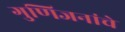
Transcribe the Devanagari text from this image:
गुणिजनांचे